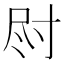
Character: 𫵛